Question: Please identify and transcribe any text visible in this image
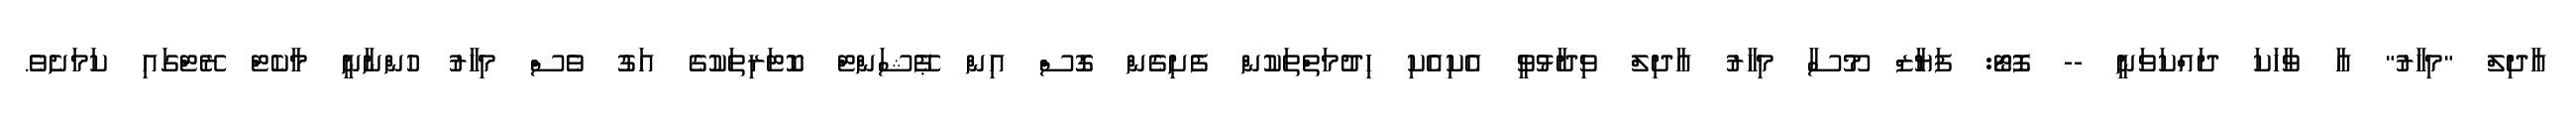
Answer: އާދިލް "މިހާރު" އާ ވާހަކަ ދައްކަވަނީ -- ފޮޓޯ: ފަޔާޒް މޫސާ މިހާރު އާދިލް ވިދާޅުވީ އެކިއެކި ހިދުމަތްތަކުން ފެށިގެން ގޮސް އިން ޕޭޝަންޓް ކޮޓަރިތަކުގެ އަގު ވެސް މިހާރު ހުންނާނީ މާކެޓް ރޭޓްގައި ކަމަށެވެ.